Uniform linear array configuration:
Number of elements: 4
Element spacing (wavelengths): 1
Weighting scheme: blackman
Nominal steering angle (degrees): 30
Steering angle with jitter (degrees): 30.684
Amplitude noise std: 0.05
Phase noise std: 0.05

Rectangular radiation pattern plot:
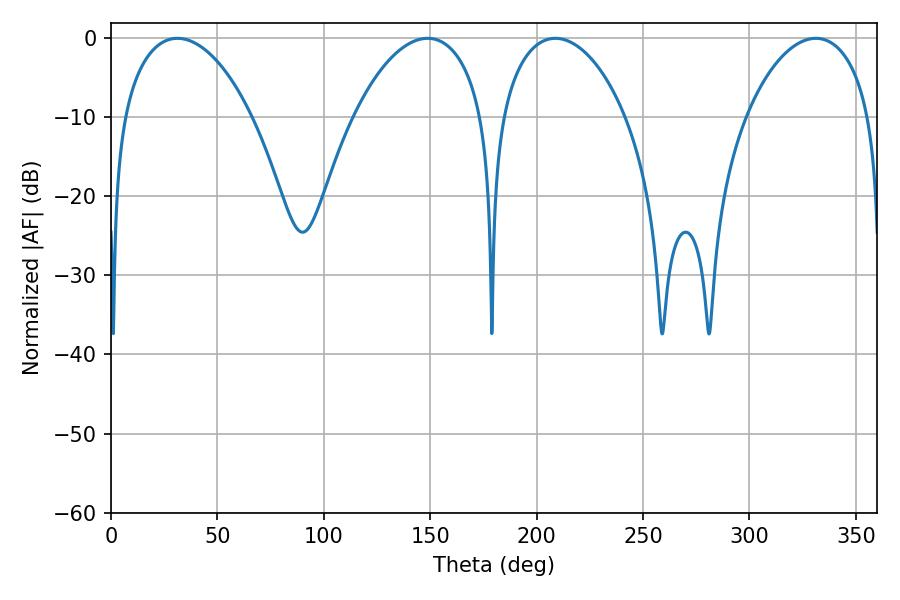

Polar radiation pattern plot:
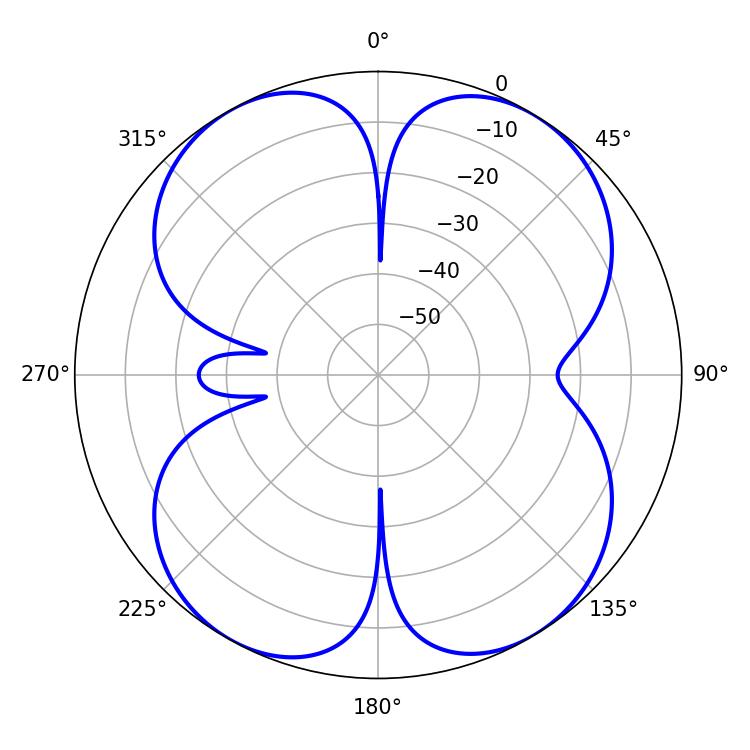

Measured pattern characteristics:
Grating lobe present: TRUE
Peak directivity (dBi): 14.144
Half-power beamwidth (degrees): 33.48
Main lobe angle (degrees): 208.8